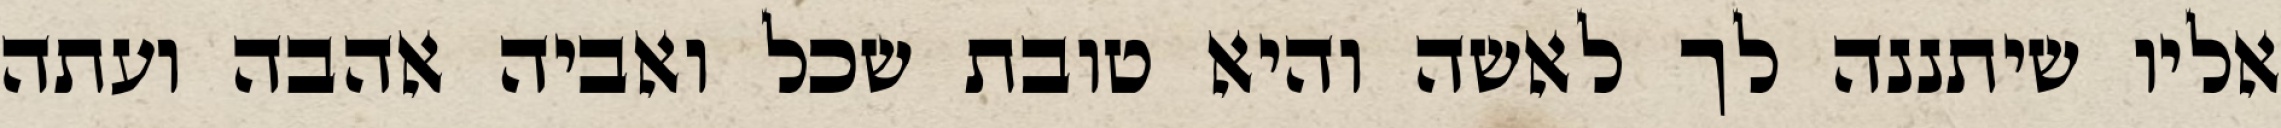
אליו שיתננה לך לאשה והיא טובת שכל ואביה אהבה ועתה